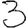
Digit: 3